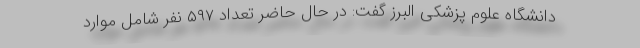
دانشگاه علوم پزشکی البرز گفت: در حال حاضر تعداد ۵۹۷ نفر شامل موارد